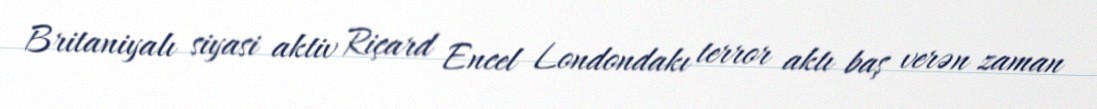
Britaniyalı siyasi aktiv Riçard Encel Londondakı terror aktı baş verən zaman